Medical and sanitary report of the native army of Bengal for the year
Year: 1874
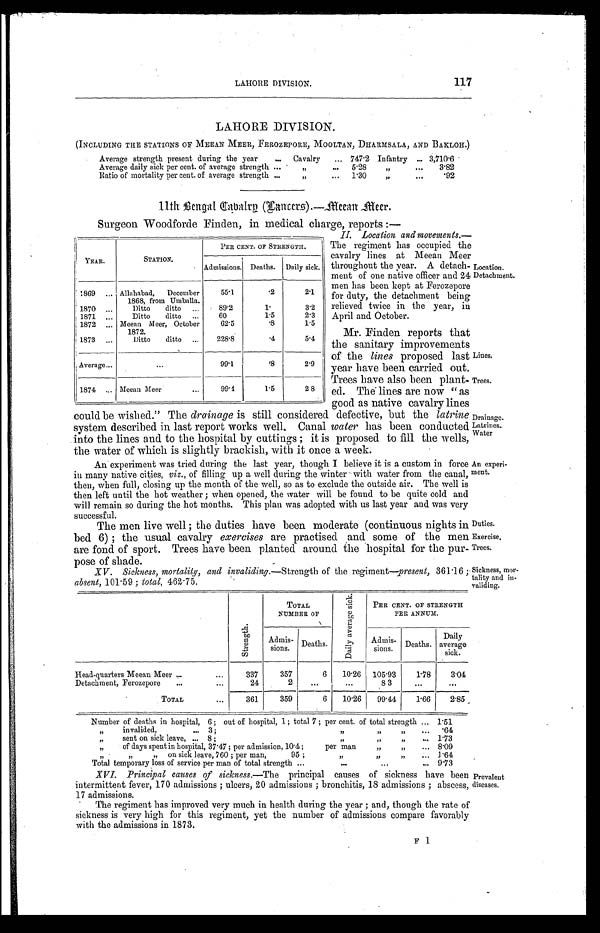
LAHORE DIVISION.
117
Duties.
Exercise,
Trees.
Sickness, mor-
-tality and in-
validing.
LAHORE DIVISION.
(INCLUDING THE STATIONS OF MEEAN MEER, FEROZEPORE, MOOLTAN, DHARMSALA, AND BAKLOH.)
Average strength present during the year . . .
Cavalry . . . 747.2 Infantry . . . 3,710.6
Average daily sick per cent. of average strength . . .
" . . .
5.28
" . .
.
3.82
Ratio of mortality per cent. of average strength . . .
" . . .
1.30
" . . .
.92
11t h Be nga l Ca ba l r y ( La nc e r s ) . —Me e a n Me e r .
Surgeon Woodforde Finden, in medical charge, reports:—
II. Location and movements.
— T h e r e g i m e n t h a s o c c u p i e d t h e
cavalry lines at Meean Meer
throughout the year. A detach-
-ment of one native officer and 24
men has been kept at Ferozepore
for duty, the detachment being
relieved twice in the year, in
April and October.
Mr. Finden reports that
the sanitary improvements
of the lines proposed last
year have been carried out.
Trees have also been plant-
ed. The lines are now "as
good as native cavalry lines
could be wished." The drainage is still considered defective, but the latrine
system described in last report works well. Canal water has been conducted
into the lines and to the hospital by cuttings ; it is proposed to fill the wells,
the water of which is slightly brackish, with it once a week.
YEAR.
STATION.
PER CENT. OF STRENGTH.
Admissions.
Daily sick.
Deaths.
1869 . . . Allahabad, December
1868, from Umballa.
55.1
.2
2.1
1 8 7 0 . . .
Ditto ditto . . .
89.2
1.
3.2
1871 . . .
Ditto ditto . . .
60
1.5
2.3
1872 . . . Meean Meer, October
1872.
62.5
.8
1.5
1873 . . .
Ditto ditto . . .
228.8
.4
5.4
Average . . .
. . .
99.1
.8
2.9
1874 . . . Meean Meer . . .
99.4
1.5
2 8
Location.
Detachment.
Lines.
Trees.
Drainage.
Latrines.
Water
An experiment was tried during the last year, though I believe it is a custom in force
in many native cities, viz., of filling up a well during the winter with water from the canal,
then, when full, closing up the month of the well, so as to exclude the outside air. The well is
then left until the hot weather ; when opened, the water will be found to be quite cold and
will remain so during the hot months. This plan was adopted with us last year and was very
successful.
The men live well ; the duties have been moderate (continuous nights in
bed 6) ; the usual cavalry exercises are practised and some of the men
are fond of sport. Trees have been planted around the hospital for the pur-
-pose of shade.
XV. Sickness, mortality, and invaliding.— Strength of the regiment—present, 361.16 ;
absent, 101.59 ; total, 462.75.
An experi-
ment.
S t r e n g t h .
TOTAL
NUMBER. OF
D a i l y a v e r a g e s i c k .
PER CENT. OF STRENGTH
PER ANNUM.
Admis-
sions. Deaths.
Deaths.
Daily
average
sick.
Admis-
sions.
Head-quarters Meean Meer . . .
337
357
6
10.26 105.93
1.78
3.04
Detachment, Ferozepore . . .
24
2
. . .
. . .
83
. . .
. . .
TOTAL . . .
3 6 1
359
6
10.26
99.44
1.66
2.85
Number of deaths in hospital, 6 ; out of hospital, 1; total 7 ; per cent. of total strength . . . 1.51
" invalided . . . 3 ; " " " . . .
. 6 4
"sent on sick leave, . . .8 ; " " " . . .
1.73
" of days spent in hospital, 37.47 ; per admission, 10.4 ; per man " " . . .
8.09
"" " " on sick leave, 760 ; per man, 95 """ . . .
1.64
Total temporary loss of service per man of total strength . . .
9.73
XVI. Principal causes of sickness.—The principal causes of sickness have been
intermittent fever, 170 admissions ; ulcers, 20 admissions ; bronchitis, 18 admissions ; abscess,
17 admissions.
The regiment has improved very much in health during the year ; and, though the rate of
sickness is very high for this regiment, yet the number of admissions compare favorably
with the admissions in 1873.
Prevalent
diseases.